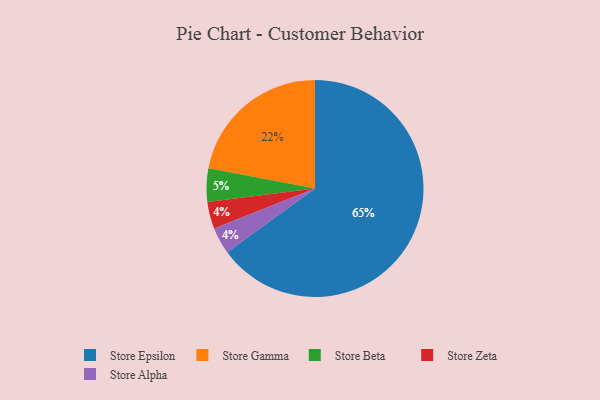
{"axis": {"x": "Category", "y": "Percentage"}, "legend": ["Store Alpha", "Store Beta", "Store Epsilon", "Store Gamma", "Store Zeta"], "data": [{"x": "Store Zeta", "y": 4, "type": "Store Zeta"}, {"x": "Store Beta", "y": 5, "type": "Store Beta"}, {"x": "Store Alpha", "y": 4, "type": "Store Alpha"}, {"x": "Store Epsilon", "y": 65, "type": "Store Epsilon"}, {"x": "Store Gamma", "y": 22, "type": "Store Gamma"}]}